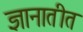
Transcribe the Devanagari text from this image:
ज्ञानातीत